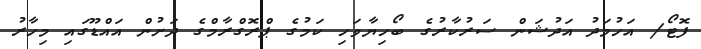
ފޮޓޯ/ އަހުމަދު އަދުޝަން ސަރުކާރުގެ ބޯހިޔާވަހި ކަމުގެ ޕްރޮގްރާމްގެ ދަށުން އައްޑޫގައި މިހާރު